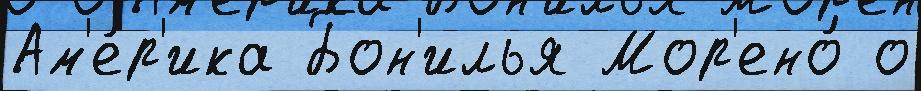
Ам'е́р'ика Бон'илья Мор'ено́ о